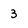
Character: 3